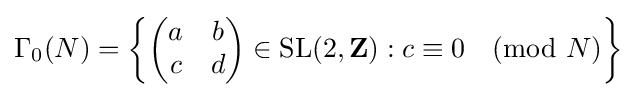
\Gamma _{0}(N)=\left\{{\begin{pmatrix}a&b\\c&d\end{pmatrix}}\in {\text{SL}}(2,\mathbf {Z} ):c\equiv 0{\pmod {N}}\right\}